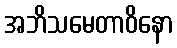
အဘိသမေတာဝိနော